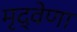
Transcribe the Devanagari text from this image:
मृद्‌वेणा